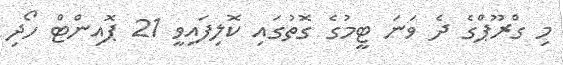
މި ގްރޫޕްގެ ދެ ވަނަ ޓީމުގެ ގޮތުގައި ކޮލިފައިވީ 21 ޕޮއިންޓް ހޯދި